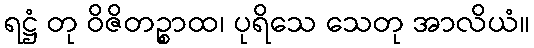
ရဋ္ဌံ တု ဝိဇိတဉ္စာထ၊ ပုရိသေ သေတု အာလိယံ။